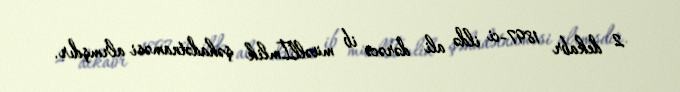
2 dekabr 1897-ci ildə ali dərəcə ib müəllİmlik şəhadətnaməsi alrmşdır.